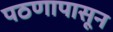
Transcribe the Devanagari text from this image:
पठणापासून